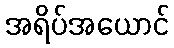
အရိပ်အယောင်